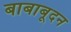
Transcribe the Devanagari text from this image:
बाबाबूदन